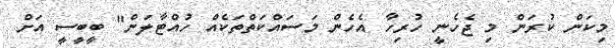
މިކަން ކުރަން މި ޖެހެނީ ހުރިހާ އެހެން މަސައްކަތްތަކެއް ހުއްޓާލަން" ބީބީސީ އަށް